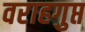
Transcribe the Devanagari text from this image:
वराहगुप्त